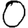
Digit: 0